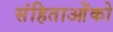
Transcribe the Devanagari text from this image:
संहिताओंको